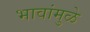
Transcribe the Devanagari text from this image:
भावांमुळे